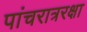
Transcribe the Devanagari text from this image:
पांचरात्ररक्षा